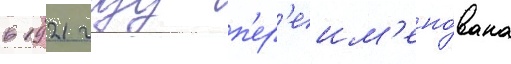
в 1921 году п'ер'еим'ено́вана